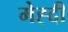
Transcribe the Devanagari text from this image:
मेह्दी